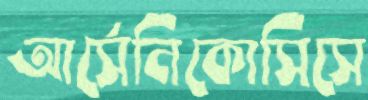
আর্সেনিকোসিসে